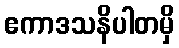
ဧကာဒသနိပါတမှိ